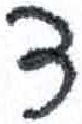
אות: ד